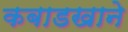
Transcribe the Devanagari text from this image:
कबाडखाने